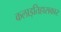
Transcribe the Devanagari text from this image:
कलाइतिहासकार